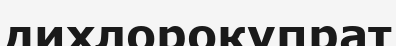
дихлорокупрат